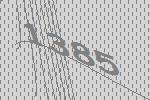
1385